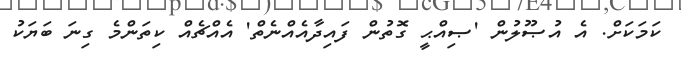
ކަމަކަށް. އެ އުޞޫލުން 'ޞިއްޙީ ގޮތުން ފައިދާއެއްނެތް' އެއްޗެއް ކިތަންމެ ގިނަ ބަޔަކު